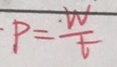
P = \frac { W } { t }